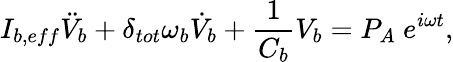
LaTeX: I_{b,eff}\ddot{V}_{b}+\delta_{tot}\omega_{b}\dot{V}_{b}+\frac{1}{C_{b}}V_{b}=P_{A}~e^{i\omega t},